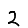
Digit: 2